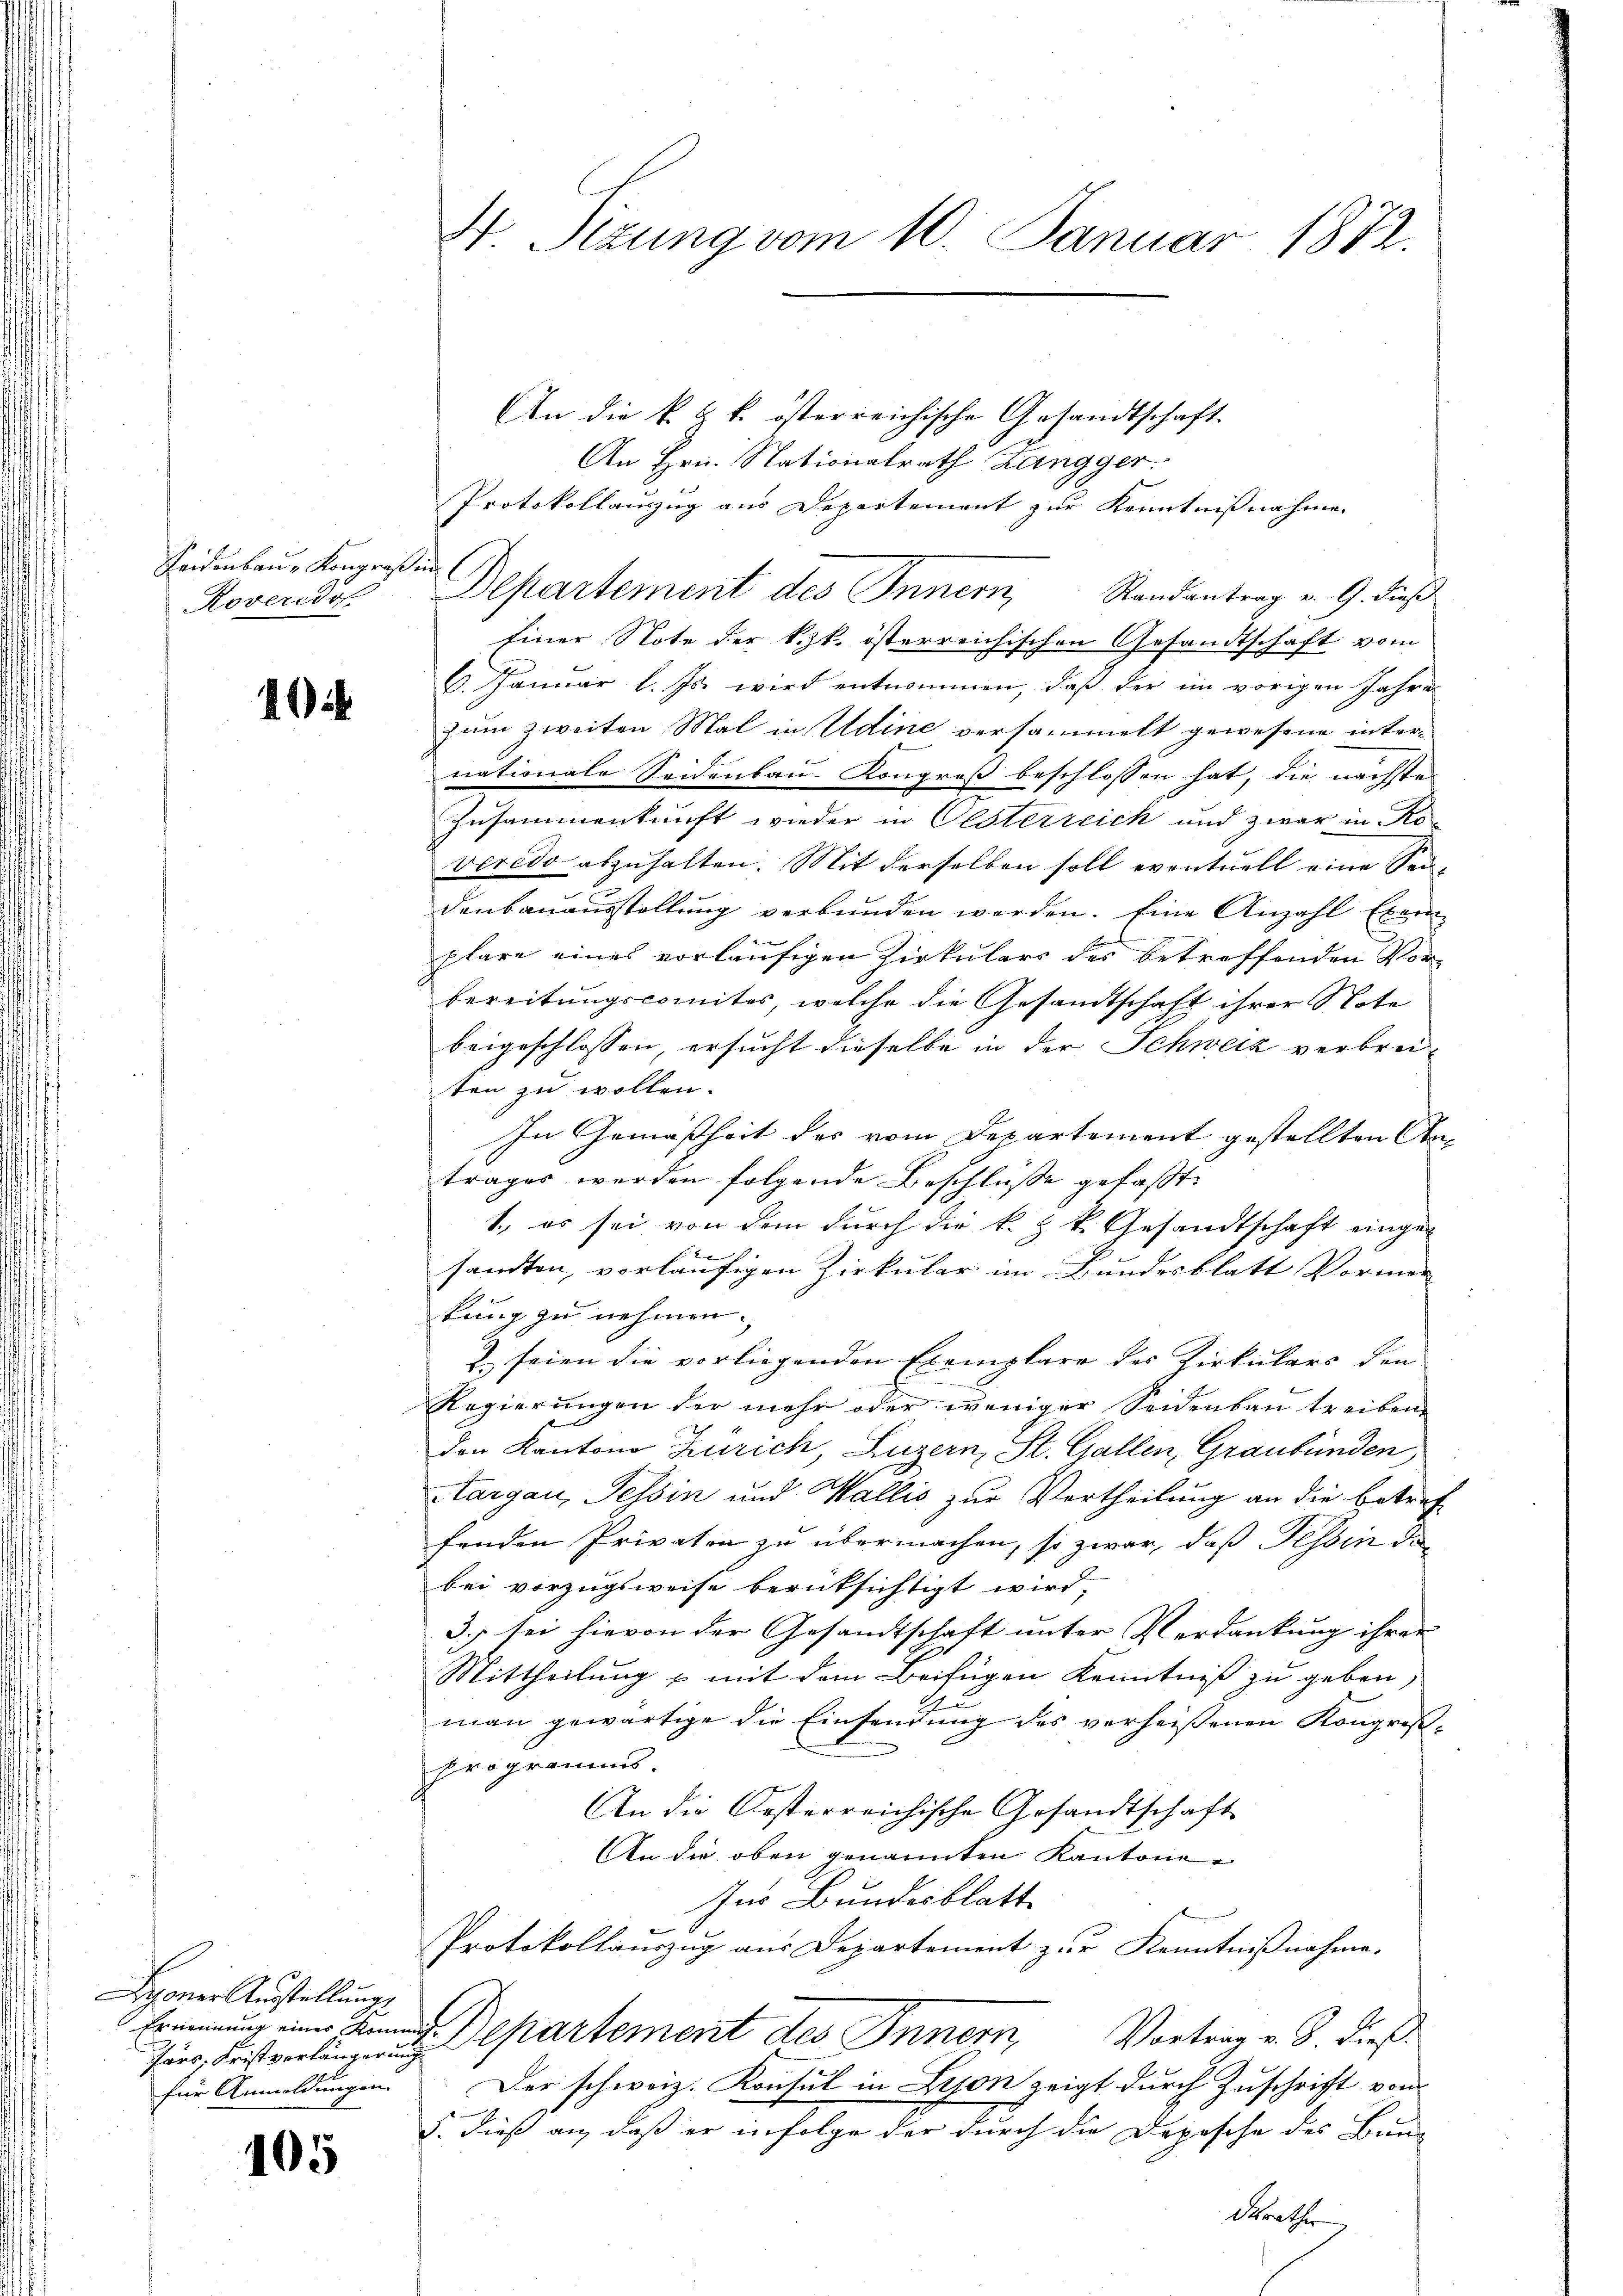
Seidenbau, Kongreß in
Roveredof

10

Lyoner Ausstellung
Hars. Fristverlängerung
für Anmeldungen

105

An die k. k. k. österreichische Gesandtschaft
An Hrn. Stationalrath Zangger.
Protokollauszug aus Departement zur Kenntnißnahme.
Departement des Innern, Randantrag v. 9. dieß
Einer Note der k.k. österreichischen Gesandtschaft vom
6. Januar l. Js. wird entnommen, daß der im vorigen Jahre
zum zweiten Mal in Udine versammelt gewesene internationale Seidenbau-Kongreß beschlossen hat, die nächste
Zusammenkunft wieder in Oesterreich und zwar in Koveredo abzuhalten. Mit derselben soll eventuell eine Sei-
e
denbauausstellung verbunden werden. Eine Anzahl Exemplare eines vorläufigen Zirkulars des betreffenden Vor-
bereitungscomites, welche die Gesandtschaft ihrer Note
beigeschlossen, ersucht dieselbe in der Schweiz verbreiten zu wollen.
In Gemäßheit des vom Departement gestellten Antrages werden folgende Beschlüsse gefaßt:
1., es sei von dem durch die k. k. Gesandtschaft eingesandten, vorläufigen Zirkular im Bundesblatt Vormen-
kung zu nehmen.
Z. seien die vorliegenden Exemplare des Zirkulars den
Regierungen der mehr oder weniger Seidenbau treiben.
den Kanton Zürich, Luzern, St. Gallen, Graubünden
Aargau, Tessin und Wallis zur Vertheilung an die betref-
fenden Privaten zu übermachen, so zwar, daß Tessin da
bei vorzugsweise berufsichtigt wird,
3. sei hievon der Gesandtschaft unter Verdankung ihrer
Mittheilung & mit dem Beifügen Kenntniß zu geben,
.
man gewärtige die Einsendung des verheißenen Kongroßprogramms.
An die Oesterreichische Gesandtschaft
An die oben genannten Kantone
Ins Bundesblatt
Protokollauszug aus Departement zur Kenntnißnahme.
Ernennung einer Annas Departement des Innern,
Vortrag v. 8. dieß.
Der schweiz. Konsul in Lison zeigt durch Zuschrift vom
5. dieß an, daß er infolge der durch die Depesche des Bund
Krathe

A Sizung vom 10. Januar 1872.